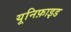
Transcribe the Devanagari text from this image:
यूनिफ़ाइड